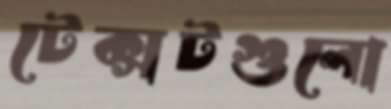
টেক্সটগুলো